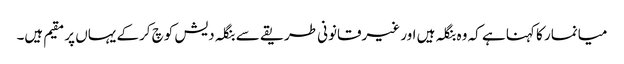
میانمار کا کہنا ہے کہ وہ بنگلہ ہیں اور غیرقانونی طریقے سے بنگلہ دیش کوچ کرکے یہاں پر مقیم ہیں۔